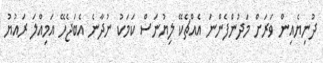
ދުނިޔެއިން ވަރަށް މަދުންފެންނަ އެއްޗެކޭ ލިޔުނަސް ކަމަކު ނުދާނެ އެބަޖެހޭ އަމިއްލަ ރައުޔު